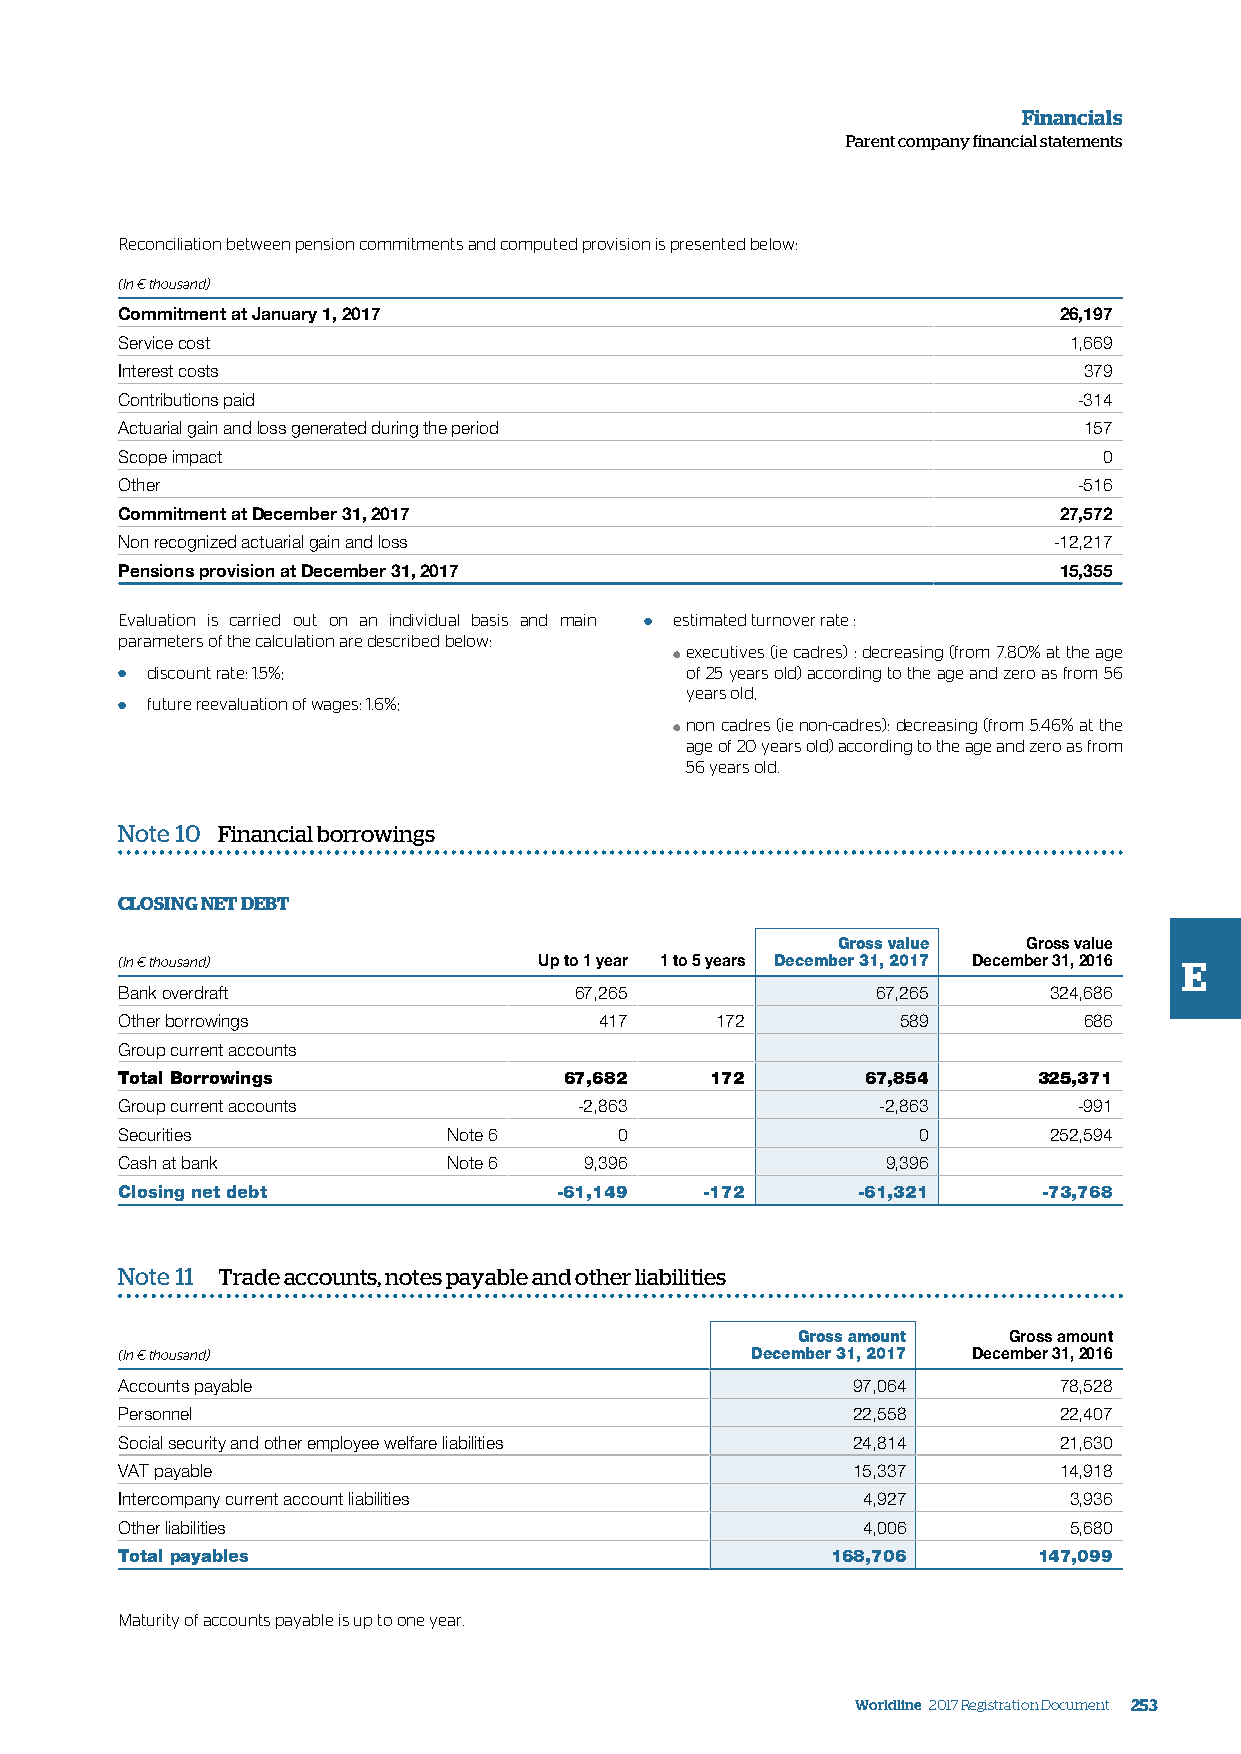
Financials
 Parent company financial statements
 Reconciliation between pension commitments and computed provision is presented below:
 (In € thousand)
 Commitment at January 1, 2017                                 26,197
 Service cost                                                   1,669
 Interest costs                                                  379
 Contributions paid                                             -314
 Actuarial gain and loss generated during the period             157
 Scope impact                                                     0
 Other                                                          -516
 Commitment at December 31, 2017                               27,572
 Non recognized actuarial gain and loss                        -12,217
 Pensions provision at December 31, 2017                       15,355
 Evaluation is carried out on an individual basis and main ● estimated turnover rate :
 parameters of the calculation are described below:
 executives (ie cadres) : decreasing (from 7.80% at the age
 ●
 ● discount rate: 1.5%;               of 25 years old) according to the age and zero as from 56
 years old,
 ● future reevaluation of wages: 1.6%;
 non cadres (ie non-cadres): decreasing (from 5.46% at the
 ●
 age of 20 years old) according to the age and zero as from
 56 years old.
 Note 10 Financial borrowings
 CLOSING NET DEBT
 Gross value  Gross value
 (In € thousand)             Up to 1 year 1 to 5 years December 31, 2017 December 31, 2016 E
 Bank overdraft                67,265              67,265     324,686
 Other borrowings                417    172          589         686
 Group current accounts
 Total Borrowings             67,682    172       67,854      325,371
 Group current accounts        -2,863              -2,863       -991
 Securities            Note 6     0                   0       252,594
 Cash at bank          Note 6   9,396               9,396
 Closing net debt             -61,149   -172      -61,321     -73,768
 Note 11 Trade accounts, notes payable and other liabilities
 Gross amount  Gross amount
 (In € thousand)                           December 31, 2017 December 31, 2016
 Accounts payable                                97,064        78,528
 Personnel                                       22,558        22,407
 Social security and other employee welfare liabilities 24,814 21,630
 VAT payable                                     15,337        14,918
 Intercompany current account liabilities         4,927         3,936
 Other liabilities                                4,006         5,680
 Total payables                                 168,706       147,099
 Maturity of accounts payable is up to one year.
 Worldline 2017 Registration Document 253